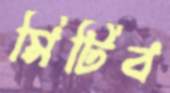
মিটিব